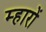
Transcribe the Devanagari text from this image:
म्हारों